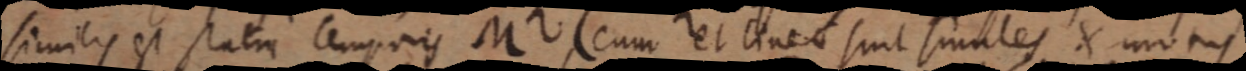
similis est patria temporis M (cum et linea sint similes X motus